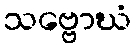
သဗ္ဗောဃံ